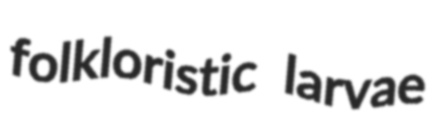
folkloristic larvae